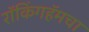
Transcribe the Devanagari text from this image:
रॉकिंगहॅमचा